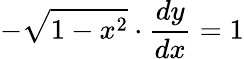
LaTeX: -{\sqrt{1-x^{2}}}\cdot{\frac{dy}{dx}}=1